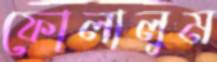
ফোলালুম